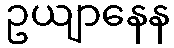
ဥယျာနေန